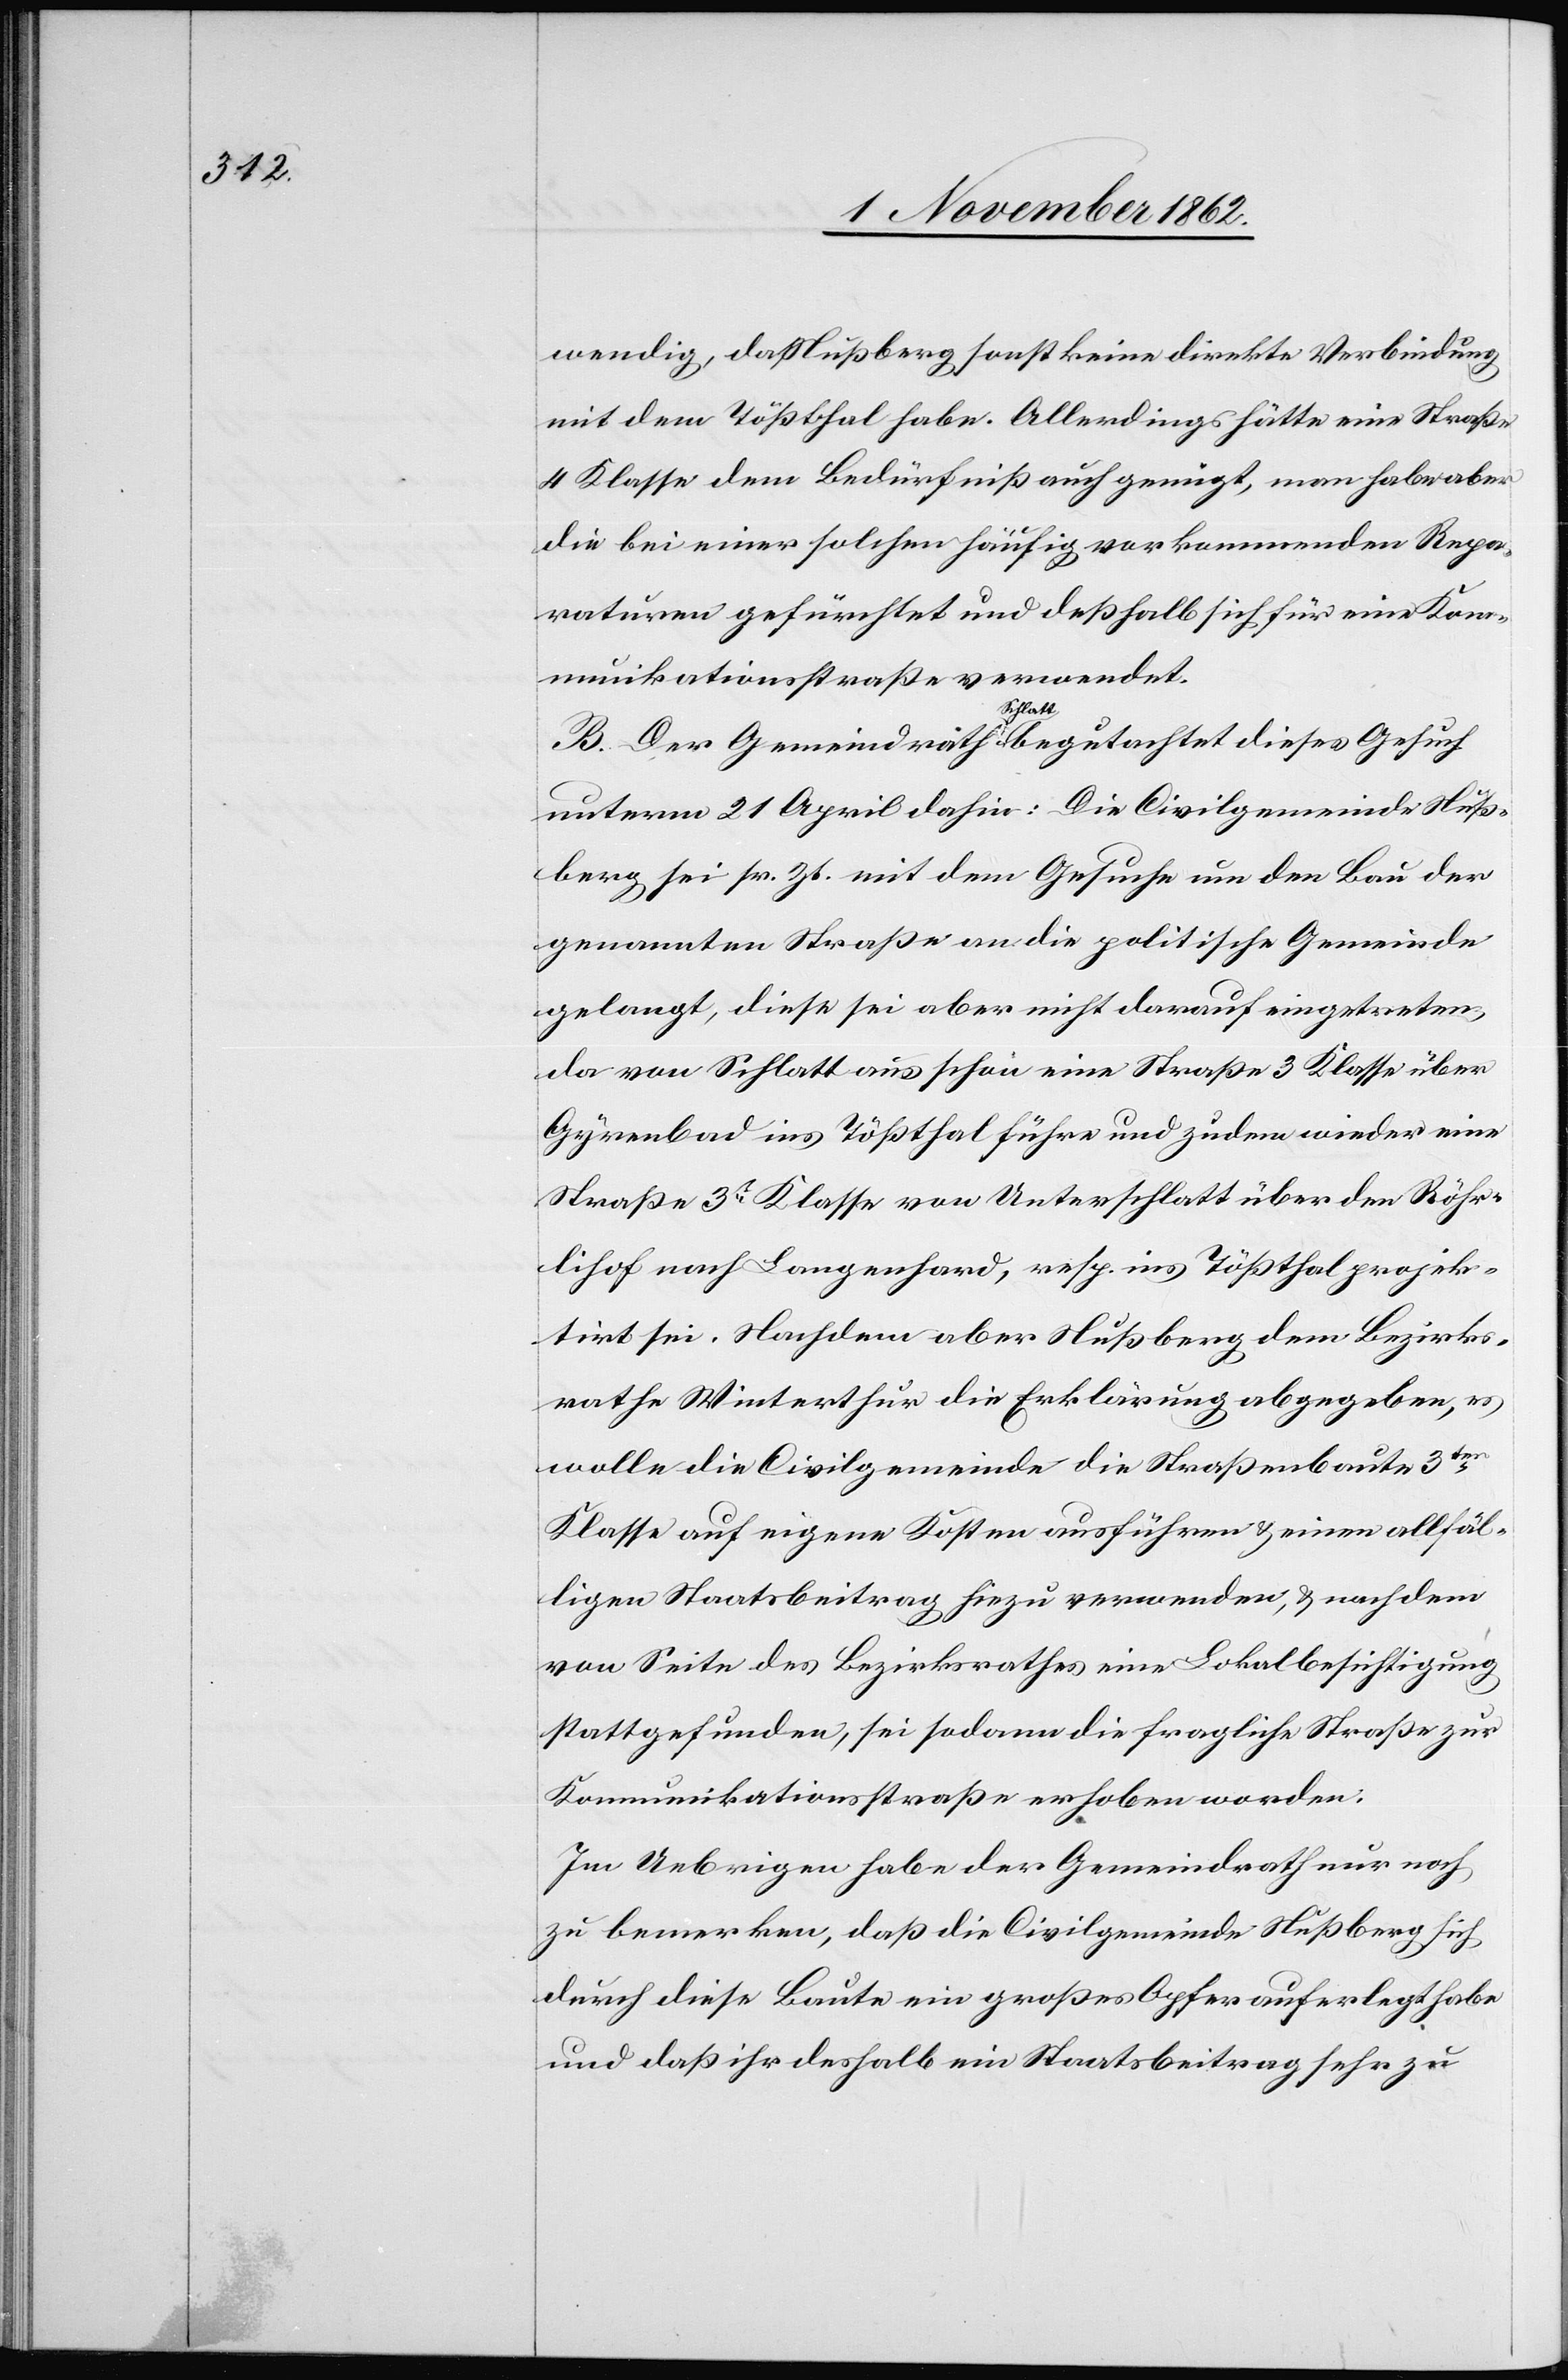
wendig, daß Nußberg sonst keine direkte Verbindung
mit dem Tößthal habe. Allerdings hätte eine Straße
4 Klasse dem Bedürfniß auch genügt, man habe aber
die bei einer solchen häufig vorkommenden Repa¬
raturen gefürchtet und deßhalb sich für eine Kom¬
munikationsstraße verwendet.
B. Der Gemeindrath Schlatt begutachtet dieses Gesuch
unterm 21 April daher: Die Civilgemeinde Nuß¬
berg sei sr. Zt. mit dem Gesuche um den Bau der
genannten Straße an die politische Gemeinde
gelangt, diese sei aber nicht darauf eingetreten,
da von Schlatt aus schon eine Straße 3 Klasse über
Gyrenbad ins Tößthal führe und zudem wieder eine
Straße 3t Klasse von Unterschlatt über den Röhr¬
lihof nach Langenhard, resp. ins Tößthal projek¬
tirt sei. Nachdem aber Nußberg dem Bezirks¬
rathe Winterthur die Erklärung abgegeben, es
wolle die Civilgemeinde die Straßenbaute 3ter
Klasse auf eigene Kosten ausführen u. einem allfäl¬
ligen Staatsbeitrag hiezu verwenden, u. nachdem
von Seite des Bezirksrathes eine Lokalbesichtigung
stattgefunden, sei sodann die fragliche Straße zur
Kommunikationsstraße erhoben worden.
Im Uebrigen habe der Gemeindrath nur noch
zu bemerken, daß die Civilgemeinde Nußberg sich
durch diese Baute ein großes Opfer auferlegt habe
und daß ihr deshalb ein Staatsbeitrag sehr zu